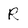
Character: R